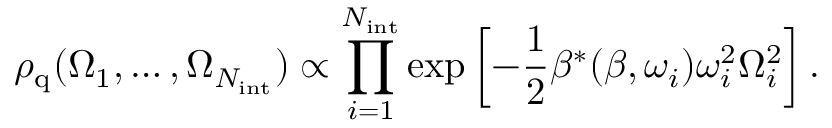
\rho _ { \mathrm { q } } ( \Omega _ { 1 } , \dots , \Omega _ { N _ { \mathrm { i n t } } } ) \propto \prod _ { i = 1 } ^ { N _ { \mathrm { i n t } } } \exp \left[ - \frac { 1 } { 2 } \beta ^ { * } ( \beta , \omega _ { i } ) \omega _ { i } ^ { 2 } \Omega _ { i } ^ { 2 } \right] .